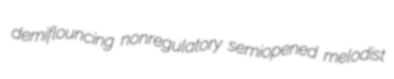
demiflouncing nonregulatory semiopened melodist